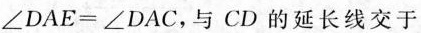
$$∠DAE=∠DAC$$，与CD的延长线交于